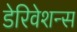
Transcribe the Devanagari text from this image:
डेरिवेशन्स